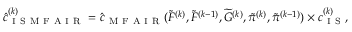
\begin{array} { r } { \hat { c } _ { \mathrm { ~ I ~ S ~ M ~ F ~ A ~ I ~ R ~ } } ^ { ( k ) } = \hat { c } _ { \mathrm { ~ M ~ F ~ A ~ I ~ R ~ } } ( \widetilde { F } ^ { ( k ) } , \widetilde { F } ^ { ( k - 1 ) } , \widetilde { G } ^ { ( k ) } , \tilde { \pi } ^ { ( k ) } , \tilde { \pi } ^ { ( k - 1 ) } ) \times c _ { \mathrm { ~ I ~ S ~ } } ^ { ( k ) } , } \end{array}